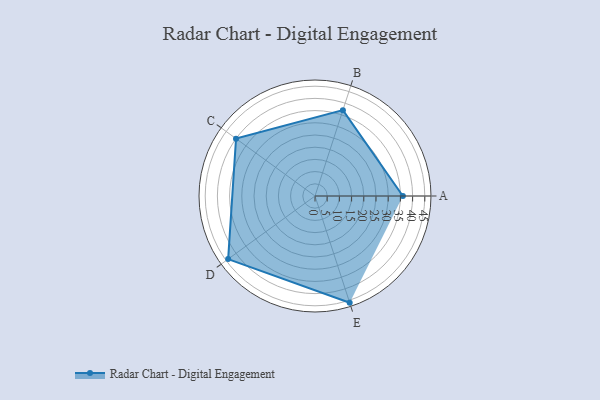
{"axis": {"x": "Skill", "y": "Score"}, "legend": ["Profile"], "data": [{"x": "A", "y": 36.0, "type": "Profile"}, {"x": "B", "y": 37.0, "type": "Profile"}, {"x": "C", "y": 40.0, "type": "Profile"}, {"x": "D", "y": 44.0, "type": "Profile"}, {"x": "E", "y": 46.0, "type": "Profile"}]}